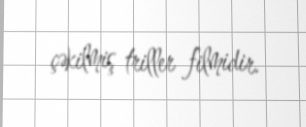
çəkilmiş triller filmidir.